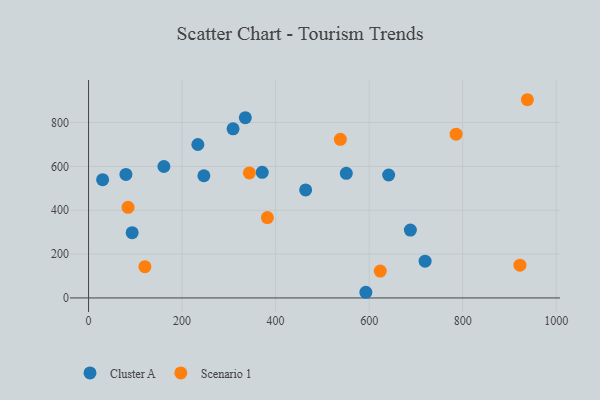
{"axis": {"x": "Distance", "y": "Fuel Efficiency"}, "legend": ["Cluster A", "Scenario 1"], "data": [{"x": "161.1", "y": 599.6, "type": "Cluster A"}, {"x": "371.3", "y": 572.8, "type": "Cluster A"}, {"x": "551.1", "y": 568.2, "type": "Cluster A"}, {"x": "688.1", "y": 309.7, "type": "Cluster A"}, {"x": "641.7", "y": 560.7, "type": "Cluster A"}, {"x": "93.2", "y": 297.8, "type": "Cluster A"}, {"x": "309.0", "y": 771.4, "type": "Cluster A"}, {"x": "464.2", "y": 492.6, "type": "Cluster A"}, {"x": "30.1", "y": 539.5, "type": "Cluster A"}, {"x": "592.9", "y": 25.9, "type": "Cluster A"}, {"x": "233.7", "y": 699.9, "type": "Cluster A"}, {"x": "335.2", "y": 822.2, "type": "Cluster A"}, {"x": "79.9", "y": 563.3, "type": "Cluster A"}, {"x": "719.6", "y": 167.8, "type": "Cluster A"}, {"x": "246.6", "y": 557.4, "type": "Cluster A"}, {"x": "538.4", "y": 723.3, "type": "Scenario 1"}, {"x": "938.3", "y": 904.1, "type": "Scenario 1"}, {"x": "785.9", "y": 747.2, "type": "Scenario 1"}, {"x": "120.5", "y": 142.6, "type": "Scenario 1"}, {"x": "623.7", "y": 122.8, "type": "Scenario 1"}, {"x": "343.9", "y": 570.3, "type": "Scenario 1"}, {"x": "382.4", "y": 366.6, "type": "Scenario 1"}, {"x": "922.4", "y": 149.7, "type": "Scenario 1"}, {"x": "84.5", "y": 413.2, "type": "Scenario 1"}]}